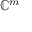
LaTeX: \mathbb { C } ^ { m }